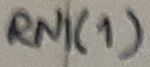
Text: RN1(1)